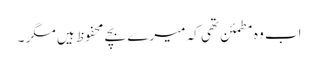
اب وہ مطمئن تھی کہ میرے بچے محفوظ ہیں مگر ۔